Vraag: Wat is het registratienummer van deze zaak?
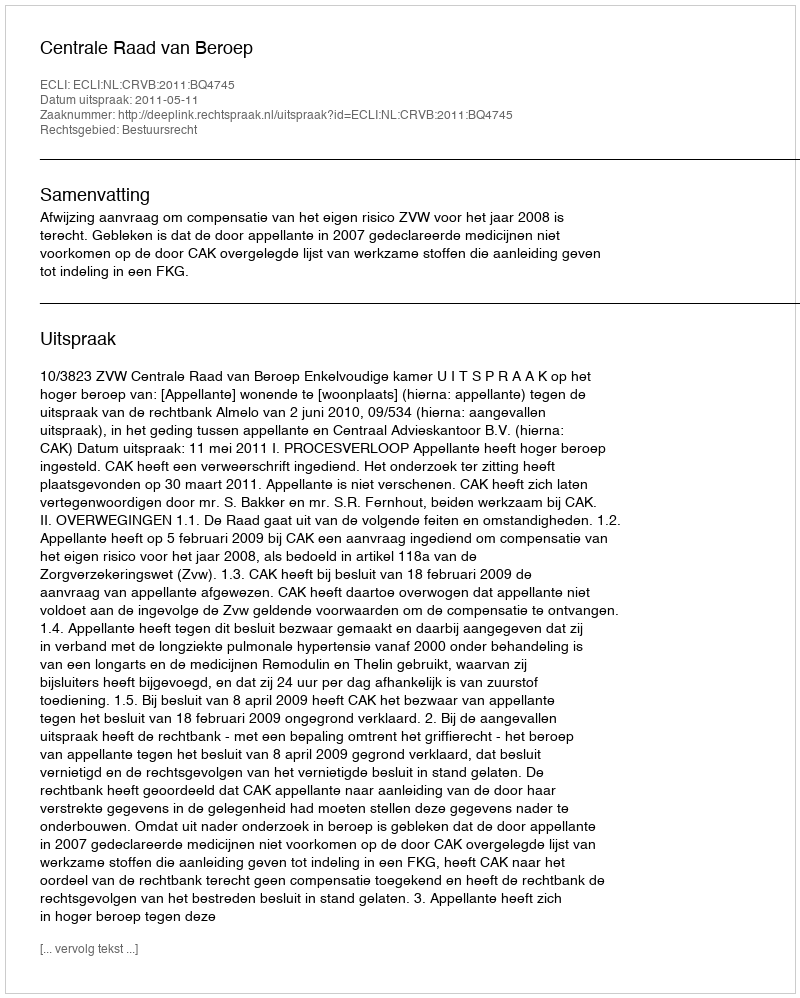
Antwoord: http://deeplink.rechtspraak.nl/uitspraak?id=ECLI:NL:CRVB:2011:BQ4745